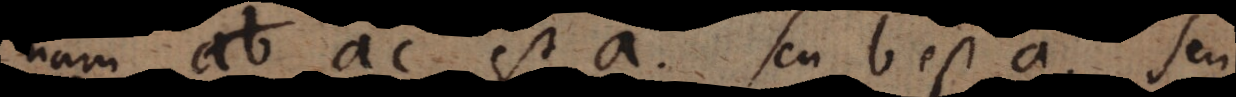
nam ac est a seu b est a seu